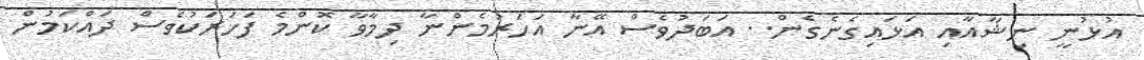
އުޅުނީ ނިޝާއާއި އަޅައިގެނެގެން.. އަބަދުވެސް އޭނާ އަހަރުމެންނާ ދިމާވާ ކޮންމެ ފަހަރަކުވެސް ދައްކަމުން